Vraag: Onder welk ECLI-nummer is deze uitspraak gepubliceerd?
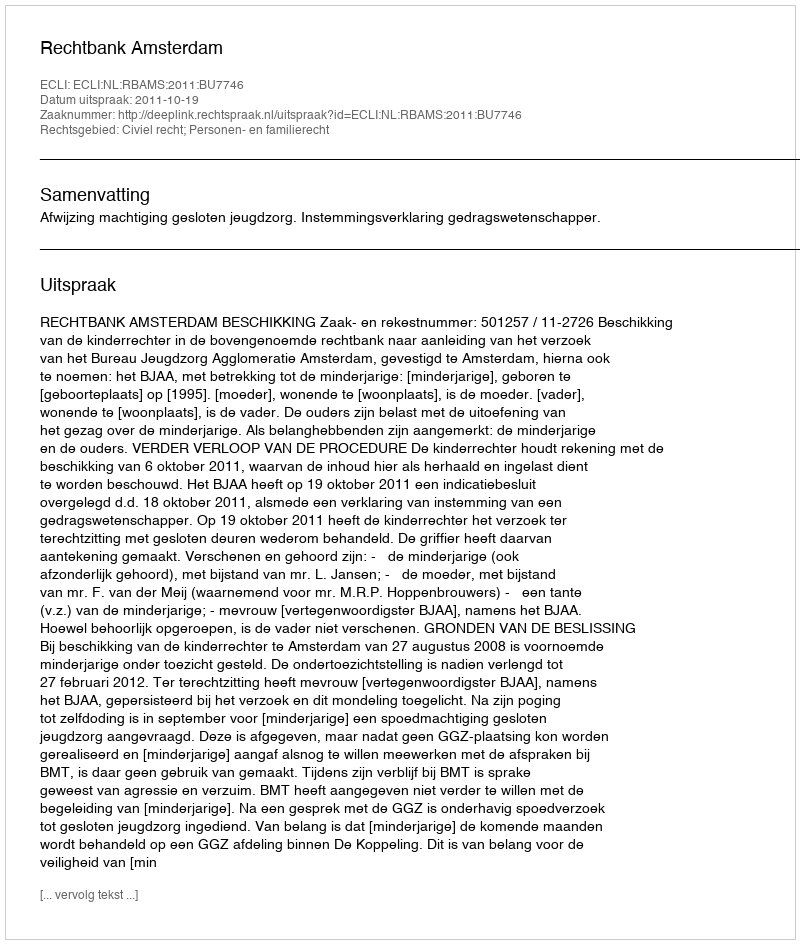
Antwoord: ECLI:NL:RBAMS:2011:BU7746